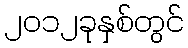
၂၀၁၂ခုနှစ်တွင်